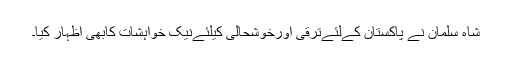
شاہ سلمان نے پاکستان کےلئےترقی اورخوشحالی کیلئےنیک خواہشات کابھی اظہار کیا۔